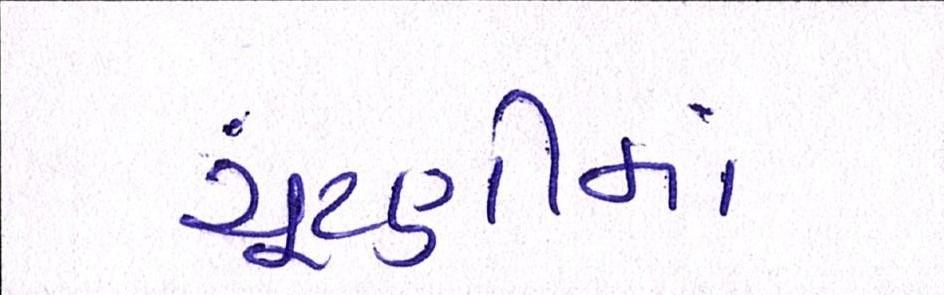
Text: ચૂંટણીમાં